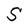
Character: S